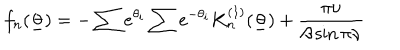
f _ { n } ( \underline { { { \theta } } } ) = - \sum e ^ { \theta _ { i } } \sum e ^ { - \theta _ { i } } K _ { n } ^ { ( 1 ) } ( \underline { { { \theta } } } ) + \frac { \pi \nu } { \beta \sin \pi \nu }